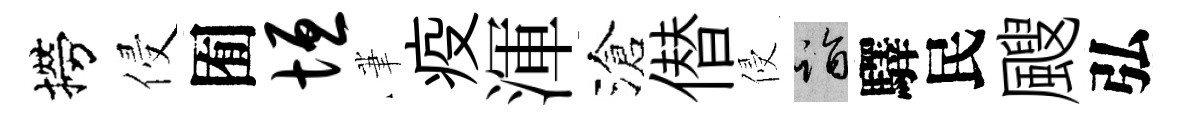
撈侵囿垣茟疫渾滄僣侵诣驛民颼弘